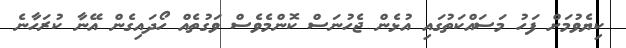
ކިޔެވުމަށް ފަހު މަސައްކަތުގައި އުޅެން ޖެހުނަސް ކޮންމެވެސް ވަގުތެއް ހޯދައިގެން އޭނާ ކުރަހާނެ